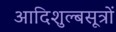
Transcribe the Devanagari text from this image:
आदिशुल्बसूत्रों